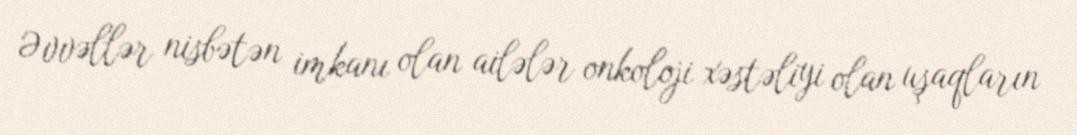
Əvvəllər nisbətən imkanı olan ailələr onkoloji xəstəliyi olan uşaqların